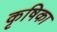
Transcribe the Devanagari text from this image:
कृषिका